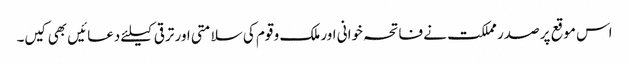
اس موقع پر صدر مملکت نے فاتحہ خوانی اور ملک و قوم کی سلامتی اور ترقی کیلئے دعائیں بھی کیں۔